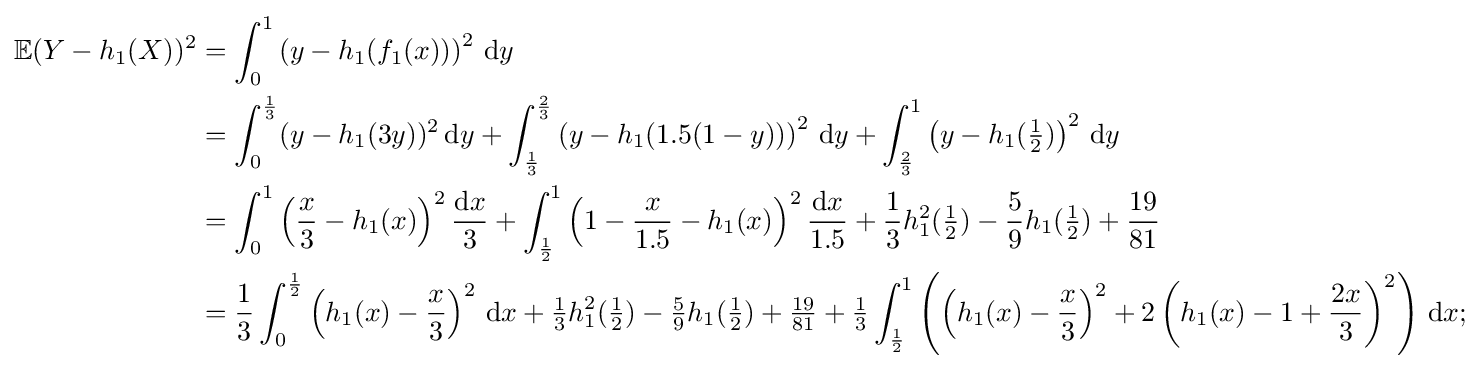
{\begin{aligned}\mathbb {E} (Y-h_{1}(X))^{2}&=\int _{0}^{1}\left(y-h_{1}(f_{1}(x))\right)^{2}\,\mathrm {d} y\\&=\int _{0}^{\frac {1}{3}}(y-h_{1}(3y))^{2}\,\mathrm {d} y+\int _{\frac {1}{3}}^{\frac {2}{3}}\left(y-h_{1}(1.5(1-y))\right)^{2}\,\mathrm {d} y+\int _{\frac {2}{3}}^{1}\left(y-h_{1}({\tfrac {1}{2}})\right)^{2}\,\mathrm {d} y\\&=\int _{0}^{1}\left({\frac {x}{3}}-h_{1}(x)\right)^{2}{\frac {\mathrm {d} x}{3}}+\int _{\frac {1}{2}}^{1}\left(1-{\frac {x}{1.5}}-h_{1}(x)\right)^{2}{\frac {\mathrm {d} x}{1.5}}+{\frac {1}{3}}h_{1}^{2}({\tfrac {1}{2}})-{\frac {5}{9}}h_{1}({\tfrac {1}{2}})+{\frac {19}{81}}\\&={\frac {1}{3}}\int _{0}^{\frac {1}{2}}\left(h_{1}(x)-{\frac {x}{3}}\right)^{2}\,\mathrm {d} x+{\tfrac {1}{3}}h_{1}^{2}({\tfrac {1}{2}})-{\tfrac {5}{9}}h_{1}({\tfrac {1}{2}})+{\tfrac {19}{81}}+{\tfrac {1}{3}}\int _{\frac {1}{2}}^{1}\left(\left(h_{1}(x)-{\frac {x}{3}}\right)^{2}+2\left(h_{1}(x)-1+{\frac {2x}{3}}\right)^{2}\right)\,\mathrm {d} x;\end{aligned}}